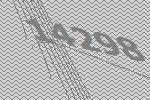
14298